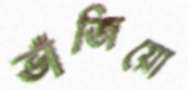
ভাঁজিয়ো